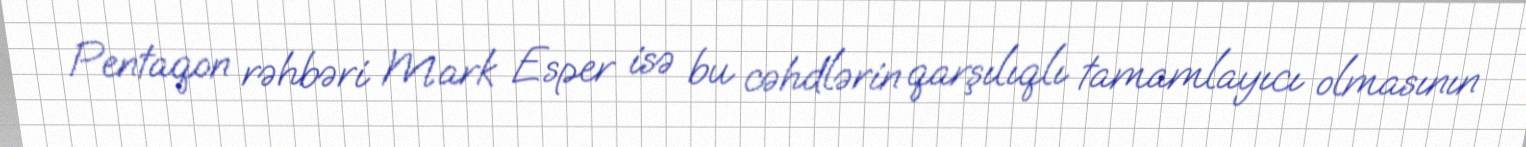
Pentaqon rəhbəri Mark Esper isə bu cəhdlərin qarşılıqlı tamamlayıcı olmasının